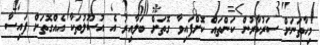
މިހާތަނަށް ސަރުކާރުން ކަންތައް ކޮށްފައިވާ ގޮތަށް ބަލާއިރު އެ އުސޫލުތަކާ އެއްގޮތަށް ފައިސާ